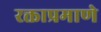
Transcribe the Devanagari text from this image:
रक्ताप्रमाणे